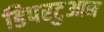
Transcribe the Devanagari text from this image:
डिपरटुआन